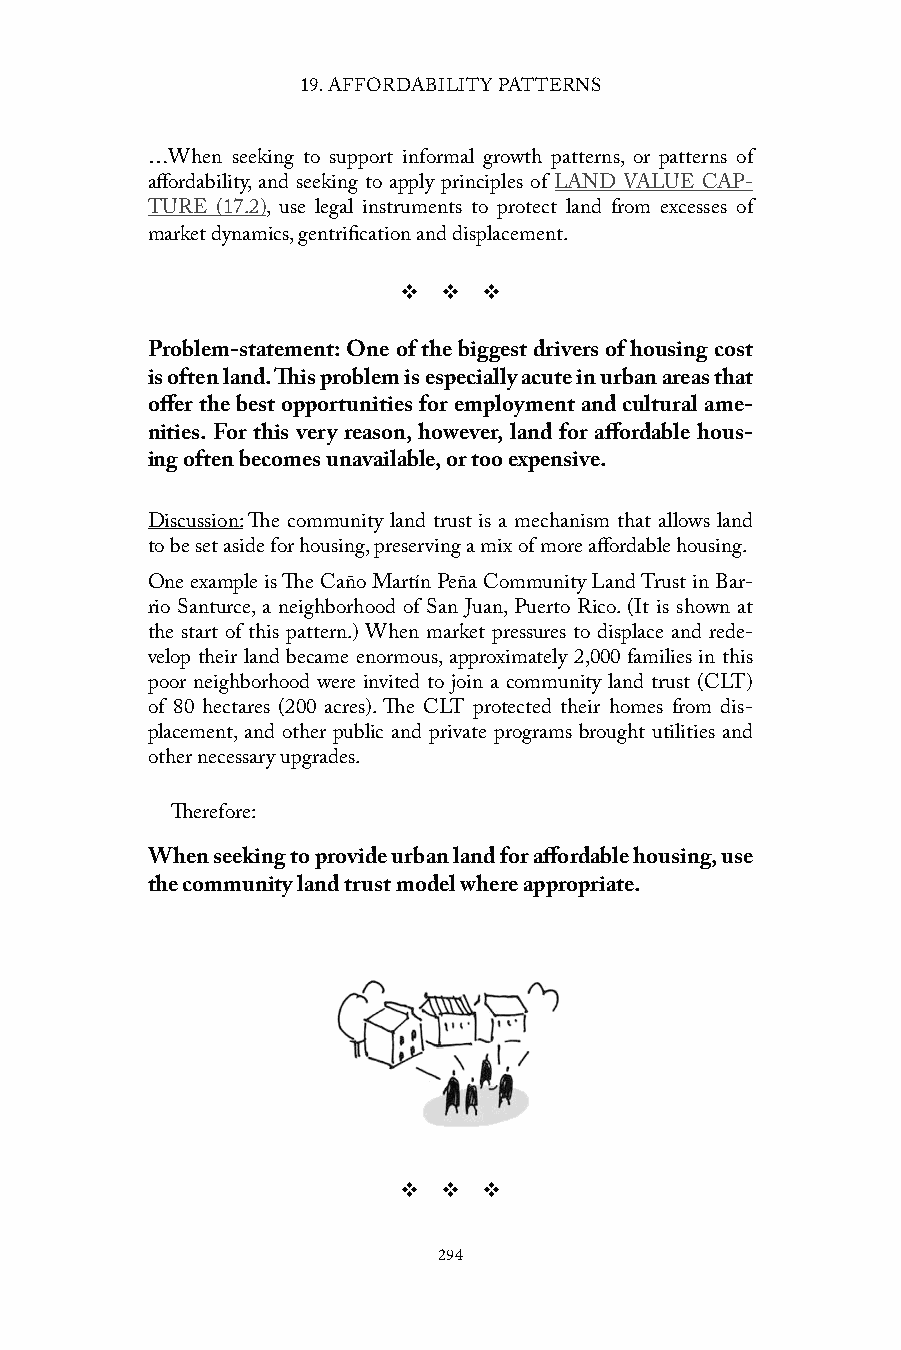
19. AFFORDABILITY PATTERNS
 …When seeking to support informal growth patterns, or patterns of
 affordability, and seeking to apply principles of LAND VALUE CAP-
 TURE (17.2), use legal instruments to protect land from excesses of
 market dynamics, gentrification and displacement.
 v  v  v
 Problem-statement: One of the biggest drivers of housing cost
 is often land. This problem is especially acute in urban areas that
 offer the best opportunities for employment and cultural ame-
 nities. For this very reason, however, land for affordable hous-
 ing often becomes unavailable, or too expensive.
 Discussion: The community land trust is a mechanism that allows land
 to be set aside for housing, preserving a mix of more affordable housing.
 One example is The Caño Martín Peña Community Land Trust in Bar-
 rio Santurce, a neighborhood of San Juan, Puerto Rico. (It is shown at
 the start of this pattern.) When market pressures to displace and rede-
 velop their land became enormous, approximately 2,000 families in this
 poor neighborhood were invited to join a community land trust (CLT)
 of 80 hectares (200 acres). The CLT protected their homes from dis-
 placement, and other public and private programs brought utilities and
 other necessary upgrades.
 Therefore:
 When seeking to provide urban land for affordable housing, use
 the community land trust model where appropriate.
 v  v  v
 294